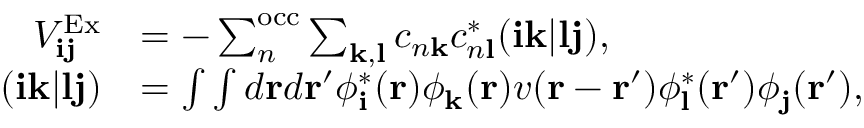
\begin{array} { r l } { V _ { \mathbf { i j } } ^ { \mathrm { E x } } } & { = - \sum _ { n } ^ { \mathrm { o c c } } \sum _ { \mathbf { k , l } } c _ { n \mathbf { k } } c _ { n \mathbf { l } } ^ { * } ( \mathbf { i k } | \mathbf { l j } ) , } \\ { ( \mathbf { i k } | \mathbf { l j } ) } & { = \int \int d \mathbf { r } d \mathbf { r ^ { \prime } } \phi _ { \mathbf { i } } ^ { * } ( \mathbf { r } ) \phi _ { \mathbf { k } } ( \mathbf { r } ) v ( \mathbf { r } - \mathbf { r ^ { \prime } } ) \phi _ { \mathbf { l } } ^ { * } ( \mathbf { r ^ { \prime } } ) \phi _ { \mathbf { j } } ( \mathbf { r ^ { \prime } } ) , } \end{array}